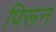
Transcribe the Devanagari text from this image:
पिरून